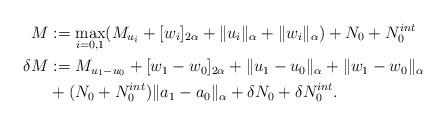
LaTeX: \begin{align*}M & := \displaystyle\max_{i=0,1} (M_{u_i} + [w_i]_{2\alpha} + \|u_i\|_{\alpha} + \| w_i \|_{\alpha}) + N_0 + N_0^{int}\\\delta M & := M_{u_1 - u_0} + [w_1 - w_0]_{2\alpha} + \| u_1 - u_0\|_{\alpha} + \| w_1 - w_0\|_{\alpha}\\& + (N_0 + N_0^{int}) \|a_1 - a_0\|_{\alpha} + \delta N_0 + \delta N_0^{int}.\end{align*}